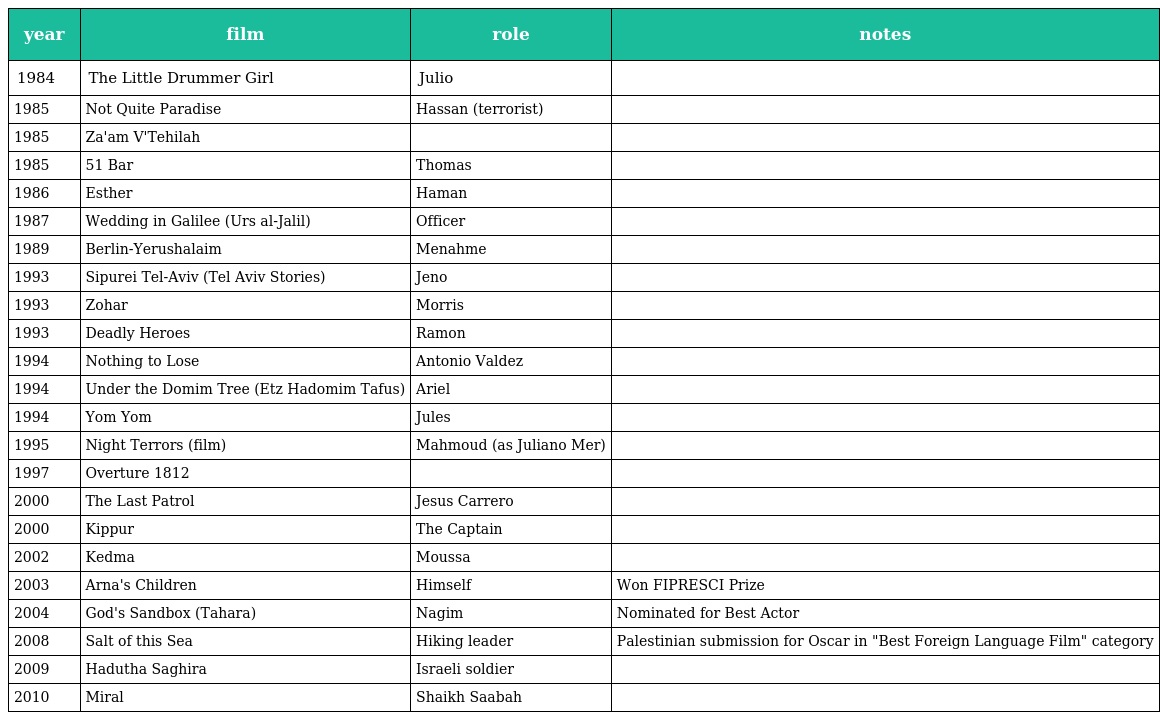
| year | film | role | notes |
 | --- | --- | --- | --- |
 | 1984 | The Little Drummer Girl | Julio |  |
 | 1985 | Not Quite Paradise | Hassan (terrorist) |  |
 | 1985 | Za'am V'Tehilah |  |  |
 | 1985 | 51 Bar | Thomas |  |
 | 1986 | Esther | Haman |  |
 | 1987 | Wedding in Galilee (Urs al-Jalil) | Officer |  |
 | 1989 | Berlin-Yerushalaim | Menahme |  |
 | 1993 | Sipurei Tel-Aviv (Tel Aviv Stories) | Jeno |  |
 | 1993 | Zohar | Morris |  |
 | 1993 | Deadly Heroes | Ramon |  |
 | 1994 | Nothing to Lose | Antonio Valdez |  |
 | 1994 | Under the Domim Tree (Etz Hadomim Tafus) | Ariel |  |
 | 1994 | Yom Yom | Jules |  |
 | 1995 | Night Terrors (film) | Mahmoud (as Juliano Mer) |  |
 | 1997 | Overture 1812 |  |  |
 | 2000 | The Last Patrol | Jesus Carrero |  |
 | 2000 | Kippur | The Captain |  |
 | 2002 | Kedma | Moussa |  |
 | 2003 | Arna's Children | Himself | Won FIPRESCI Prize |
 | 2004 | God's Sandbox (Tahara) | Nagim | Nominated for Best Actor |
 | 2008 | Salt of this Sea | Hiking leader | Palestinian submission for Oscar in "Best Foreign Language Film" category |
 | 2009 | Hadutha Saghira | Israeli soldier |  |
 | 2010 | Miral | Shaikh Saabah |  |